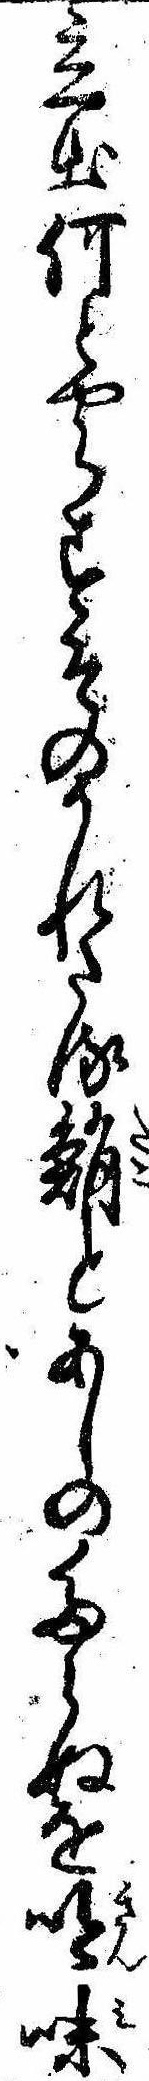
立出何とやらすそのかれたる鮹とあしのたらぬを吟味